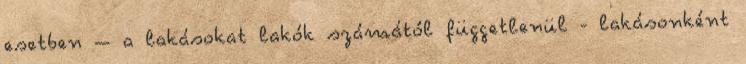
esetben – a lakásokat lakók számától függetlenül - lakásonként